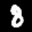
Label: 8